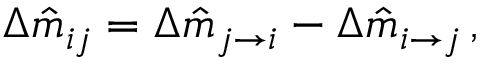
\Delta \hat { m } _ { i j } = \Delta \hat { m } _ { j \rightarrow i } - \Delta \hat { m } _ { i \rightarrow j } \, ,